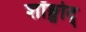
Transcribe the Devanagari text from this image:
शॉङ्शोद्